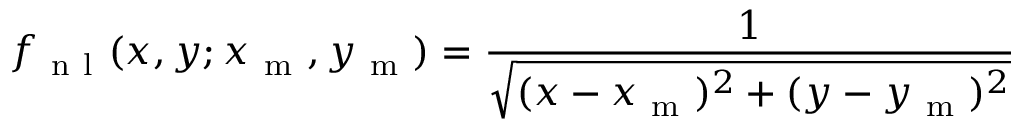
f _ { \mathrm { ~ n ~ l ~ } } ( x , y ; x _ { \mathrm { ~ m ~ } } , y _ { \mathrm { ~ m ~ } } ) = \frac { 1 } { \sqrt { ( x - x _ { \mathrm { ~ m ~ } } ) ^ { 2 } + ( y - y _ { \mathrm { ~ m ~ } } ) ^ { 2 } } }